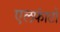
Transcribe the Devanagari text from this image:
एलफांटो